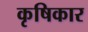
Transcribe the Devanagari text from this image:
कृषिकार